Vaccination in Bombay 1874-1876 - 1874-1876
Year: 1874
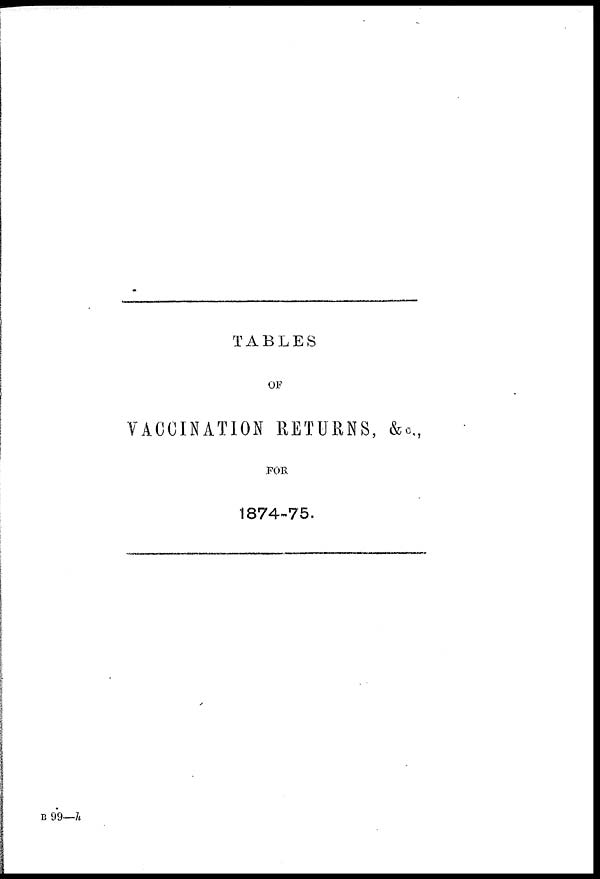
TABLES
OF
VACCINATION RETURNS, &c.,
FOR
1874-75.
B 99—h